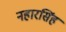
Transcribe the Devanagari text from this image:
नहारसिंह